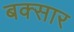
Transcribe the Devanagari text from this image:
बक्सार